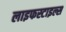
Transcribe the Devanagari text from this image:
लाइफस्टाइल्स